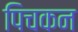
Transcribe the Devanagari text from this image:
पिचकन